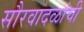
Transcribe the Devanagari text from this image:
सौरवादळांची